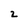
Character: z